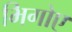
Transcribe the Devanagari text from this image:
भिगोए